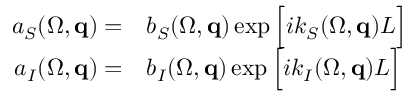
\begin{array} { r l } { a _ { S } ( \Omega , { \bf q } ) = } & { { } b _ { S } ( \Omega , { \bf q } ) \exp \Big [ i k _ { S } ( \Omega , { \bf q } ) L \Big ] } \\ { a _ { I } ( \Omega , { \bf q } ) = } & { { } b _ { I } ( \Omega , { \bf q } ) \exp \Big [ i k _ { I } ( \Omega , { \bf q } ) L \Big ] } \end{array}